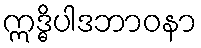
ဣဒ္ဓိပါဒဘာဝနာ